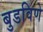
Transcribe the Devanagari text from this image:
बुडविणे